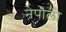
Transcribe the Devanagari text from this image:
नेपोली